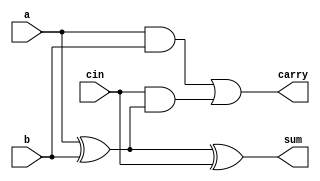
`timescale 1ns / 1ps
//////////////////////////////////////////////////////////////////////////////////
// Company: 
// Engineer: 
// 
// Design Name: 
// Module Name: fulladdibin
// Project Name: 
// Target Devices: 
// Tool Versions: 
// Description: 
// 
// Dependencies: 
// 
// Revision:
// Revision 0.01 - File Created
// Additional Comments:
// 
//////////////////////////////////////////////////////////////////////////////////


module fulladdibin(a,b,cin,sum,carry);
	input a,b,cin;
	output sum,carry;
	wire x,y,z;
	xor(sum,a,b,cin);
	and(x,a,b);
	xor(y,a,b);
	and(z,cin,y);
	or(carry,x,z);
endmodule